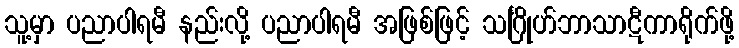
သူ့မှာ ပညာပါရမီ နည်းလို့ ပညာပါရမီ အဖြစ်ဖြင့် သင်္ဂြိုဟ်ဘာသာဋီကာရိုက်ဖို့